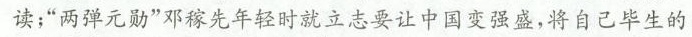
读；”两弹元勋”邓稼先年轻时就立志要让中国变强盛，将自己毕生的